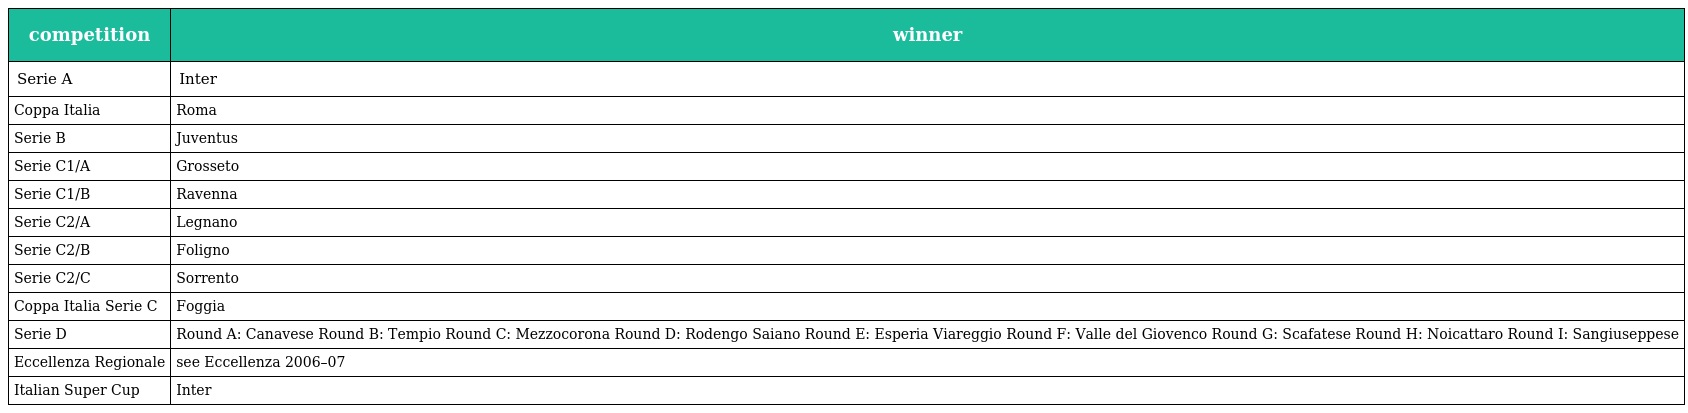
| competition | winner |
 | --- | --- |
 | Serie A | Inter |
 | Coppa Italia | Roma |
 | Serie B | Juventus |
 | Serie C1/A | Grosseto |
 | Serie C1/B | Ravenna |
 | Serie C2/A | Legnano |
 | Serie C2/B | Foligno |
 | Serie C2/C | Sorrento |
 | Coppa Italia Serie C | Foggia |
 | Serie D | Round A: Canavese Round B: Tempio Round C: Mezzocorona Round D: Rodengo Saiano Round E: Esperia Viareggio Round F: Valle del Giovenco Round G: Scafatese Round H: Noicattaro Round I: Sangiuseppese |
 | Eccellenza Regionale | see Eccellenza 2006–07 |
 | Italian Super Cup | Inter |